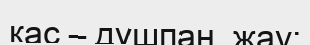
қас – дұшпан, жау;